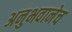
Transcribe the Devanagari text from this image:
अनुभवानेच